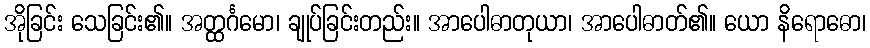
အိုခြင်း သေခြင်း၏။ အတ္ထင်္ဂမော၊ ချုပ်ခြင်းတည်း။ အာပေါဓာတုယာ၊ အာပေါဓာတ်၏။ ယော နိရောဓော၊